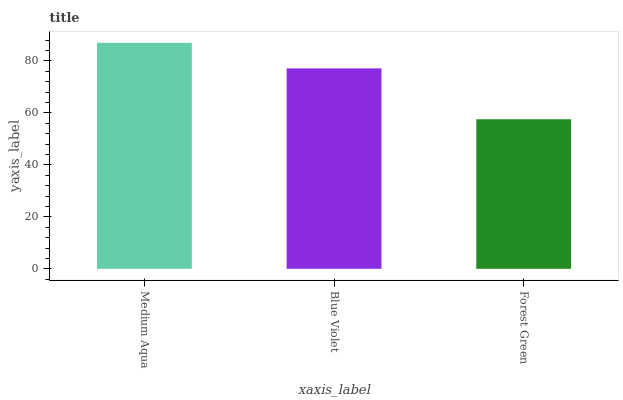
| xaxis_label | bars |
 | --- | --- |
 | Medium Aqua | 87 |
 | Blue Violet | 77.2 |
 | Forest Green | 57.6 |